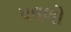
પલળો